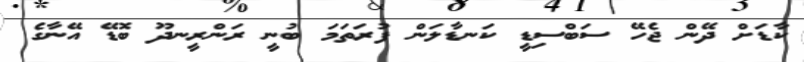
ކާޑަށް ދޭން ޖެހޭ ސަބްސިޑީ ކަނޑާލަން ފުރަތަމަ ބުނީ ރަންރީނދޫ ބޮޑޭ އޭނާގެ